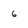
Character: 6